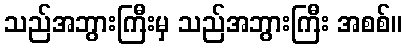
သည်အဘွားကြီးမှ သည်အဘွားကြီး အစစ်။